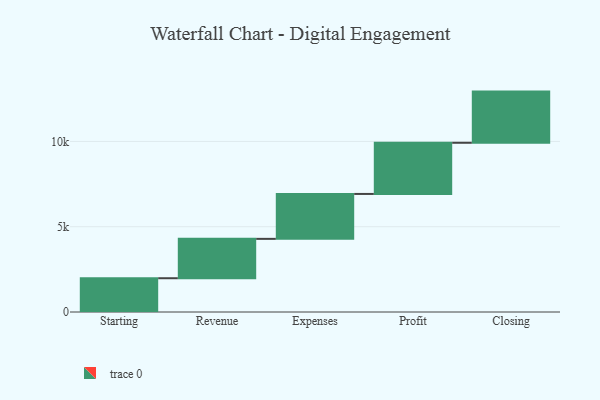
{"axis": {"x": "Step", "y": "Value"}, "legend": [""], "data": [{"x": "Starting", "y": 1980.0, "type": ""}, {"x": "Revenue", "y": 2308.0, "type": ""}, {"x": "Expenses", "y": 2634.0, "type": ""}, {"x": "Profit", "y": 3000, "type": ""}, {"x": "Closing", "y": 3000, "type": ""}]}